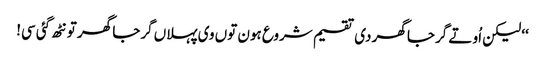
‘‘ لیکن اُو تے گرجا گھر دی تقسیم شروع ہون توں وی پہلاں گرجا گھر تو نٹھ گئی سی!